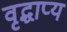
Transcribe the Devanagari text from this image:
वृद्धाप्य